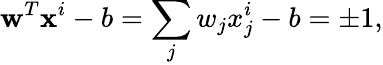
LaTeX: \mathbf{w}^{T}\mathbf{x}^{i}-b=\sum_{j}w_{j}x_{j}^{i}-b=\pm 1,